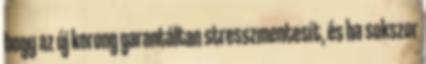
hogy az új korong garantáltan stresszmentesít, és ha sokszor